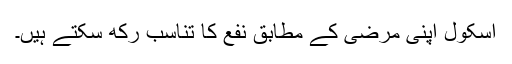
اسکول اپنی مرضی کے مطابق نفع کا تناسب رکھ سکتے ہیں۔